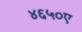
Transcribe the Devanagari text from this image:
४६५०ए